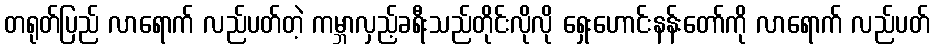
တရုတ်ပြည် လာရောက် လည်ပတ်တဲ့ ကမ္ဘာလှည့်ခရီးသည်တိုင်းလိုလို ရှေးဟောင်းနန်းတော်ကို လာရောက် လည်ပတ်